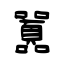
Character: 囂